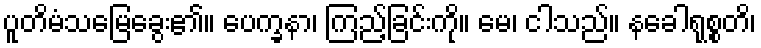
ပူတိမံသမြေခွေး၏။ ပေက္ခနာ၊ ကြည့်ခြင်းကို။ မေ၊ ငါသည်။ နခေါရုစ္စတိ၊